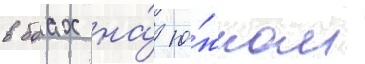
в боах на́ ю́жном